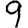
Digit: 9